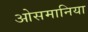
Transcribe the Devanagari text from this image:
ओसमानिया